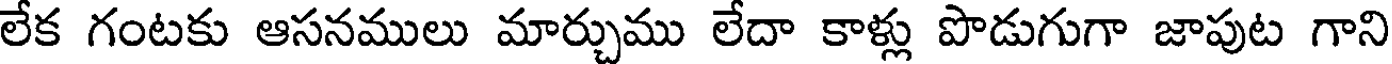
లేక గంటకు ఆసనములు మార్చుము లేదా కాళ్లు పొడుగుగా జాపుట గాని